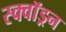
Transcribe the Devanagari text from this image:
स्क्वाॅड्रन